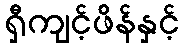
ရှီကျင့်ဖိန်နှင့်